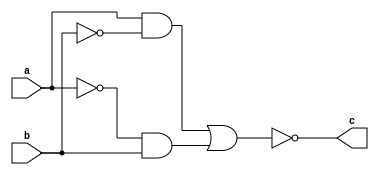
module xnor2(c, a, b);
input a, b;
output c;
assign c = !((a & !b) | (!a & b));
endmodule